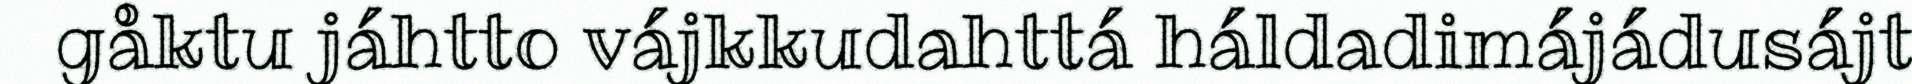
gåktu jáhtto vájkkudahttá háldadimájádusájt